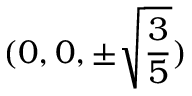
( 0 , 0 , \pm \sqrt { \frac { 3 } { 5 } } )